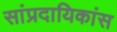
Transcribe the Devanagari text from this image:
सांप्रदायिकांस